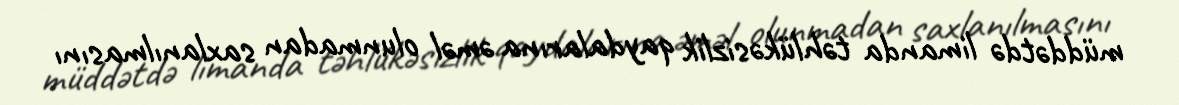
müddətdə limanda təhlükəsizlik qaydalarına əməl olunmadan saxlanılmasını